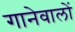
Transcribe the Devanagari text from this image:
गानेवालों